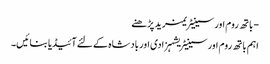
- باتھ روم اور سینیٹریمزید پڑھنے
اہم باتھ روم اور سینیٹریشہزادی اور بادشاہ کے لئے آئیڈیا بنائیں۔